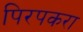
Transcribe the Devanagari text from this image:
पिरपकरा